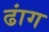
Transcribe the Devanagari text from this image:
ढांग